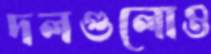
দলগুলোও